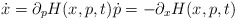
\begin{align*}\dot{x}=\partial_{p}H(x,p,t)\dot{p}=-\partial_{x}H(x,p,t)\end{align*}